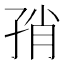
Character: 𰌨